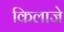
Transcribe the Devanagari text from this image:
किलाजे